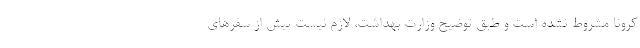
کرونا مشروط نشده است و طبق توضیح وزارت بهداشت، لازم نیست پیش از سفرهای